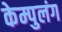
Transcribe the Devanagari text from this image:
केम्पुलंग